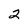
Character: 2